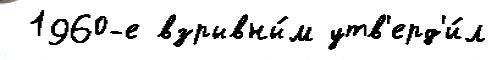
 1960-е взрывны́м утв'ерд'и́л